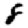
Digit: 8